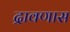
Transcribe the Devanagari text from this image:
द्रावणास